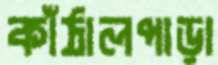
কাঁঠালপাড়া